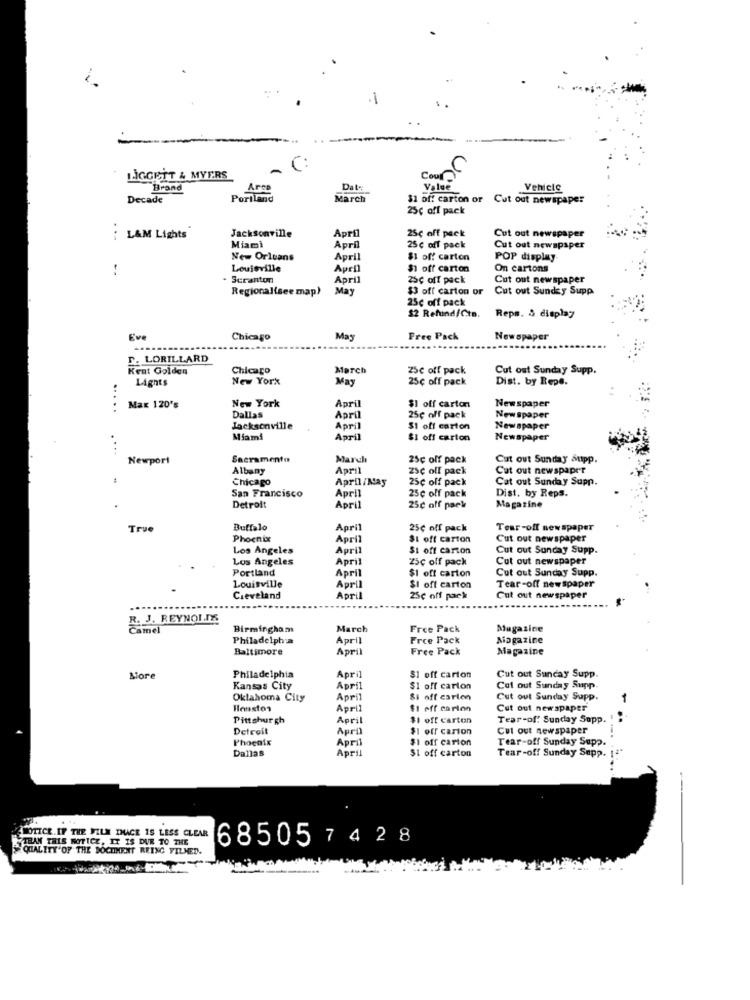
C:
LIGGETT & MYERS
Cours
Brand
Date
Value
Vehicle
Decade
Portland
March
$1 off carton or
Cut out newspaper
25ç off pack
Jacksonville
April
25c off pack
Cut out newspaper
...
L&M Lights
Miami
April
25 c off pack
Cut out newspaper
New Orleans
April
$1 of! carton
POP display
Loujeville
April
$1 off carton
On cartons
Scranton
April
25c off pack
Cut out newspaper
Regionalisee map)
May
$3 off carton or
Cut out Sunday Supp
25c off pack
$2 Refund/Cto.
Reps. & display
Eve
Chicago
May
Free Pack
Newspaper
D. LORILLARD
Kent Golden
Chicago
March
25c off pack
Cut out Sunday Supp.
Lights
New York
May
25c off pack
Dist. by Repe.
New York
April
Newspaper
.....
Max 120's
Dallas
$1 off carton
April
25c off pack
Newspaper
Jacksonville
April
$1 off carton
Newspaper
Miami
April
$1 off carton
Newspaper
Newport
Sacramento
March
25¢ off pack
Cat out Sunday Supp.
Albany
April
zsc olf pack
Cat out newspaper
Chicago
April /May
25¢ off pack
Cat out Sunday Supp.
San Francisco
25c olf pack
Dist. by Reps.
April
Detroit
April
25c off park
Magazine
True
Buffalo
April
25¢ off pack
Tear -off newspaper
Phoenix
April
$t off carton
Cut out newspaper
Los Angeles
April
$1 off carton
Cut out Sunday Supp.
Los Angeles
April
25c off pack
Cut out newspaper
Portland
April
$1 off carton
Cut out Sunday Supp.
Tear-off newspaper
Louisville
April
SI oft carton
Cleveland
April
25c off park
Cut out newspaper
R. J. REYNOLDS
Camel
Birmingham
March
Free Pack
Magazine
Philadelphia
April
Frce Pack
Magazine
Baltimore
April
Free Pack
Magazine
More
Philadelphia
April
$1 off carton
Cut out Sunday Supp.
Kansas City
April
$1 off carton
Col out Sunday Supp
Oklahoma City
April
Si off carlen
Cut out Sunday Supp.
Houston
April
$1 off carion
Cut out newspaper
Pittsburgh
April
$1 off carton
Tear-of! Sunday Supp.
Detroit
April
$1 off carton
Cut out newspaper
Phoenix
April
F1 off carton
Tear-off Sunday Supp.
April
$1 off carton
Tear-off Sunday Supp. 1ª*
Dallas
THAN THIS NOTICE, IT IS DUE TO THE
NOTICE. IF THE FILM DHACE IS LESS CLEAR
QUALITY'OF THE DOCUMENT REING VILMED.
685057428